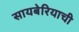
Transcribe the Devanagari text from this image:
सायबेरियाची